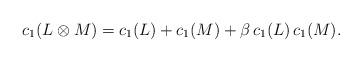
LaTeX: \begin{align*} c_1(L\otimes M) = c_1(L) + c_1(M) + \beta\,c_1(L)\,c_1(M).\end{align*}